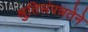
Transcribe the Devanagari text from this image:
श्रुतिसंपन्नतेने